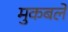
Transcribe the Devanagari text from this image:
मुकबले